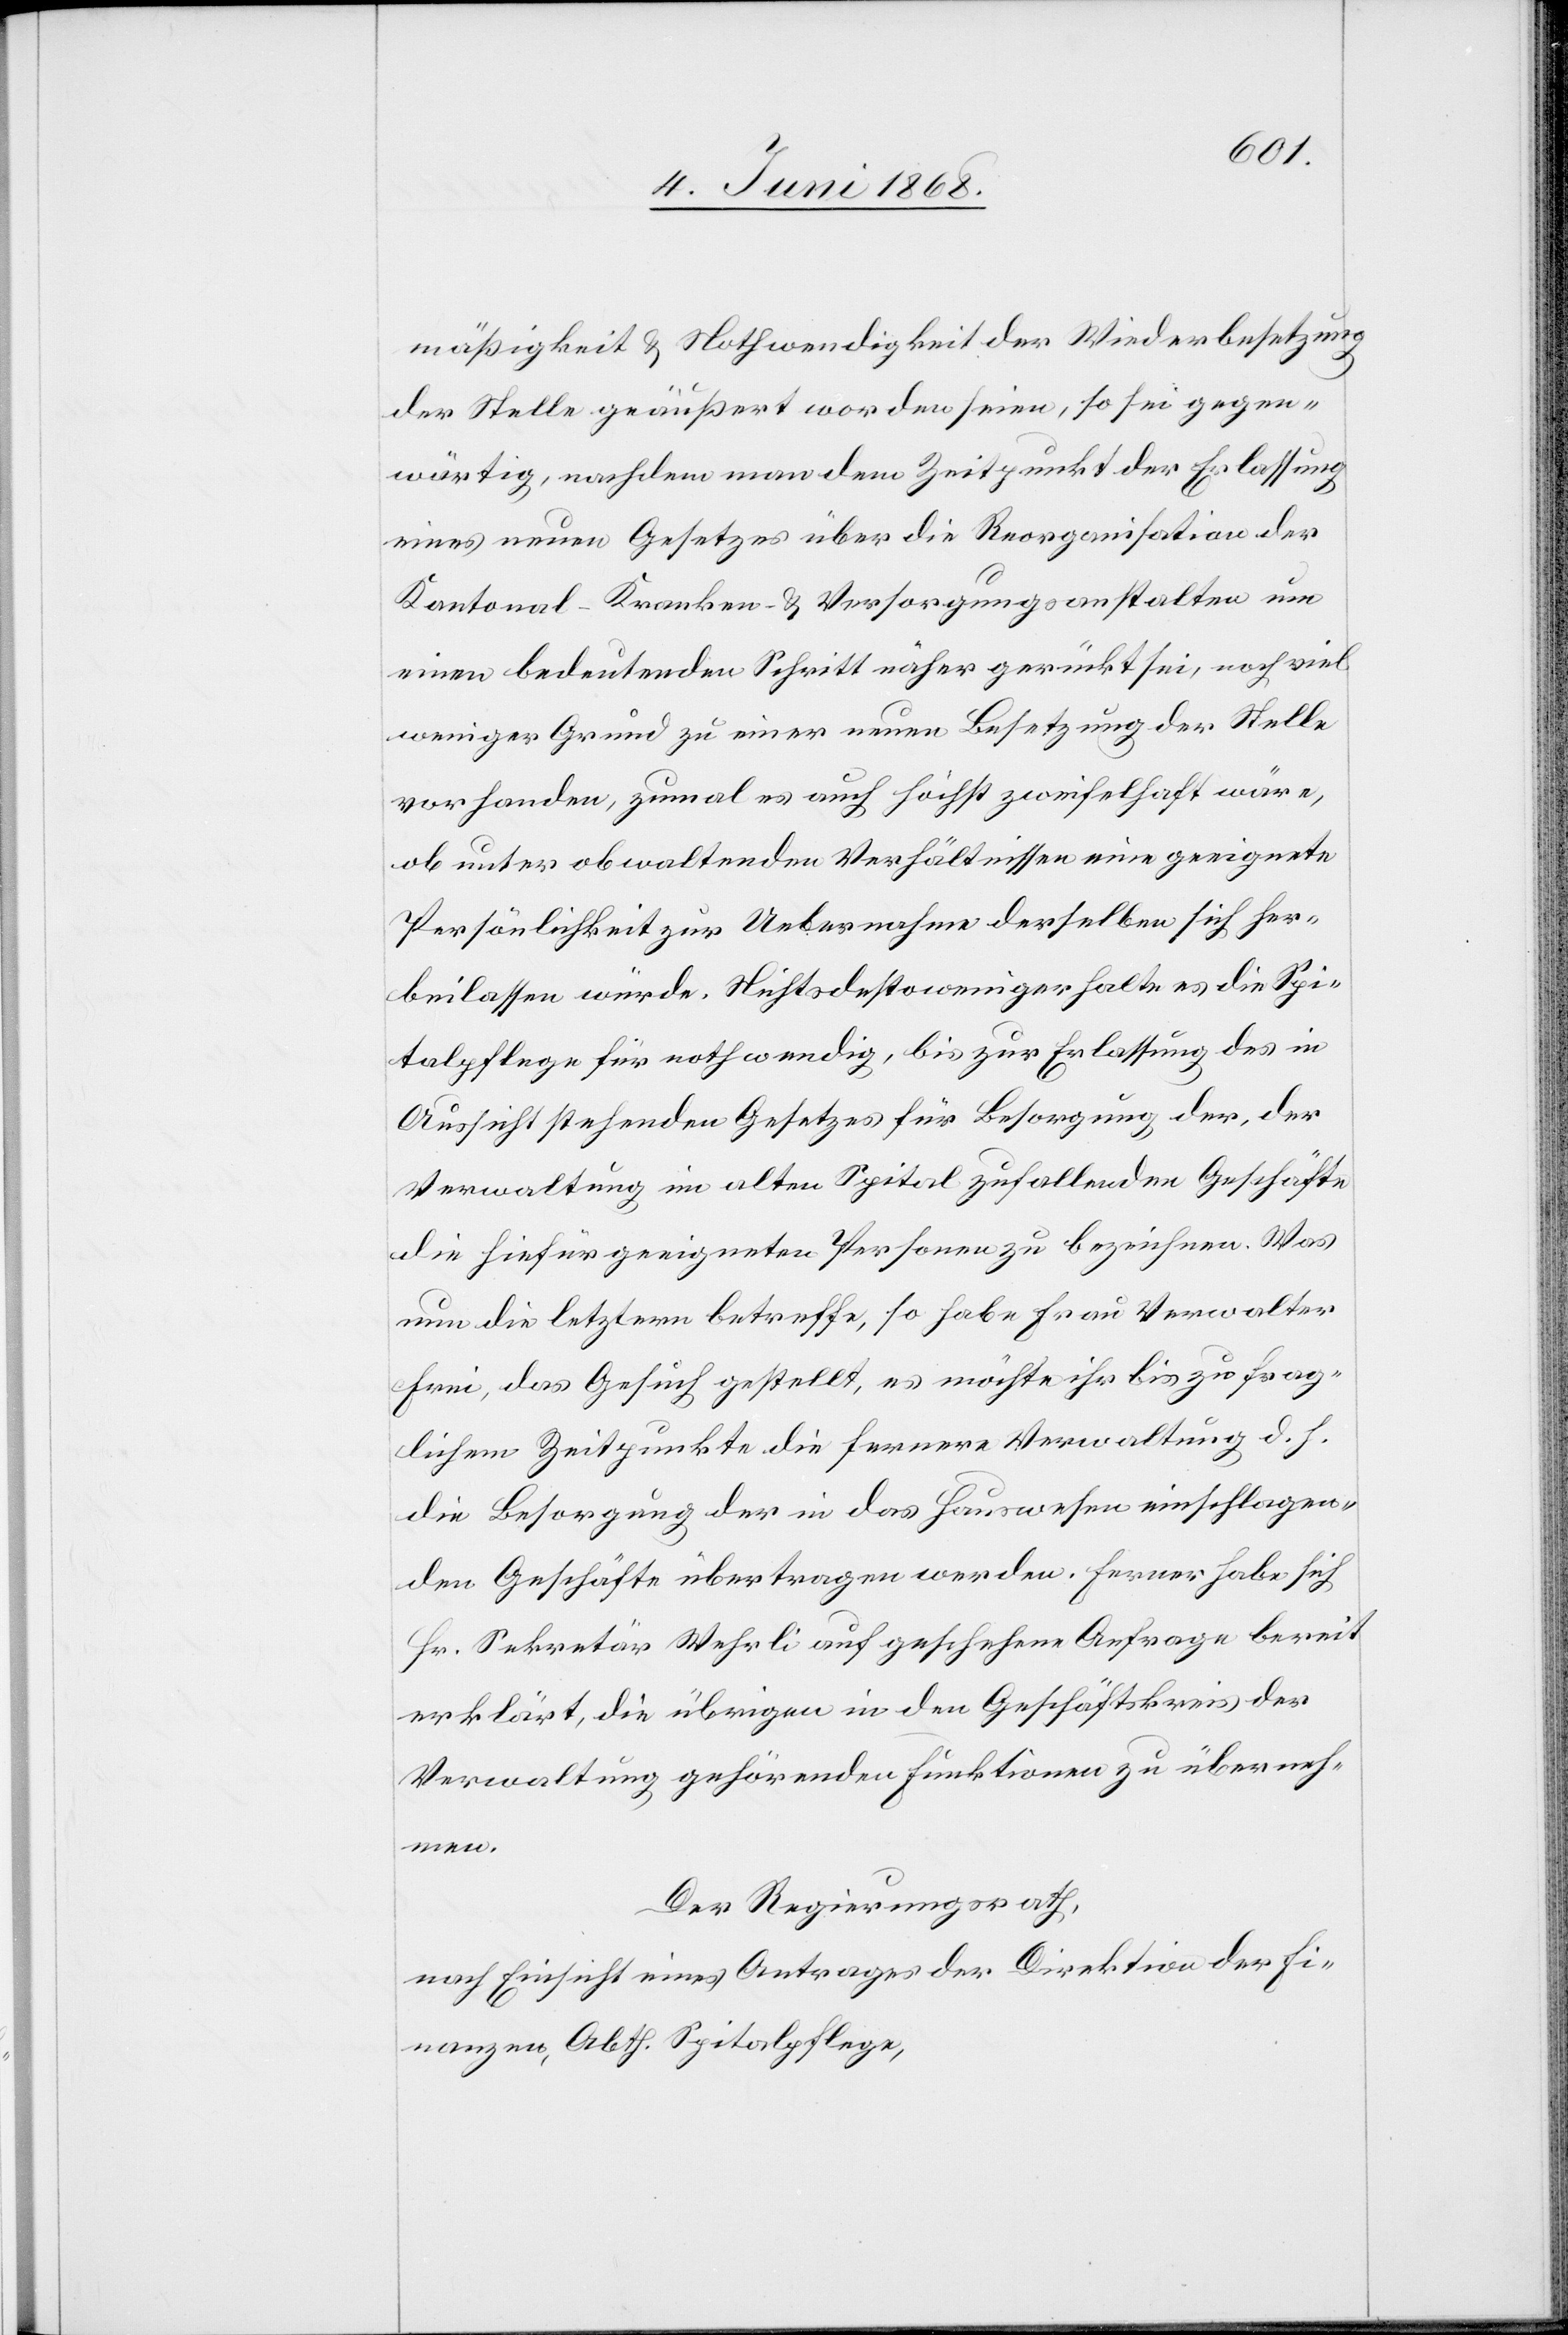
mäßigkeit & Nothwendigkeit der Wiederbesetzung
der Stelle geäußert worden seien, so sei gegen¬
wärtig, nachdem man dem Zeitpunkt der Erlassung
eines neuen Gesetzes über die Reorganisation der
Kantonal-Kranken- & Versorgungsanstalten um
einen bedeutenden Schritt näher gerückt sei, noch viel
weniger Grund zu einer neuen Besetzung der Stelle
vorhanden, zumal es auch höchst zweifelhaft wäre,
ob unter obwaltenden Verhältnissen eine geeignete
Persönlichkeit zur Uebernahme derselben sich her¬
beilassen würde. Nichtsdestoweniger halte es die Spi¬
talpflege für nothwendig, bis zur Erlassung des in
Aussicht stehenden Gesetzes für Besorgung der, der
Verwaltung im alten Spital zufallenden Geschäfte
die hiefür geeigneten Personen zu bezeichnen. Was
nun die letztern betreffe, so habe Frau Verwalter
Frei, das Gesuch gestellt, es möchte ihr bis zu frag¬
lichem Zeitpunkte die fernere Verwaltung d. h.
die Besorgung der in das Hauswesen einschlagen¬
den Geschäfte übertragen werden. Ferner habe sich
Hr. Sekretär Wehrli auf geschehene Anfrage bereit
erklärt, die übrigen in den Geschäftskreis der
Verwaltung gehörenden Funktionen zu überneh¬
men.
Der Regierungsrath,
nach Einsicht eines Antrages der Direktion der Fi¬
nanzen, Abth. Spitalpflege,